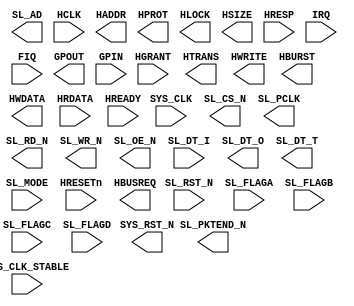
module bfm_ahb
(
       input   wire          SYS_CLK_STABLE
     , input   wire          SYS_CLK   // master clock and goes to SL_PCLK
     , output  wire          SYS_RST_N // by-pass of SL_RST_N
     , input   wire          SL_RST_N
     , output  wire          SL_CS_N   
     , output  wire          SL_PCLK   // by-pass of SYS_CLK after phase shift
     , output  wire  [ 1:0]  SL_AD
     , input   wire          SL_FLAGA // active-low empty (U2F)
     , input   wire          SL_FLAGB // active-low almost-empty
     , input   wire          SL_FLAGC // active-low full (F2U)
     , input   wire          SL_FLAGD // active-low almost-full
     , output  wire          SL_RD_N
     , output  wire          SL_WR_N 
     , output  wire          SL_OE_N // when low, let FX3 drive data through SL_DT_I
     , output  wire          SL_PKTEND_N
     , input   wire  [31:0]  SL_DT_I
     , output  wire  [31:0]  SL_DT_O
     , output  wire          SL_DT_T
     , input   wire  [ 1:0]  SL_MODE
     //-------------------------------------------------------------------------
     , input   wire          HRESETn      
     , input   wire          HCLK         
     , output  wire          HBUSREQ      
     , input   wire          HGRANT       
     , output  wire  [31:0]  HADDR        
     , output  wire  [ 3:0]  HPROT        
     , output  wire  [ 1:0]  HTRANS       
     , output  wire          HLOCK
     , output  wire          HWRITE       
     , output  wire  [ 2:0]  HSIZE        
     , output  wire  [ 2:0]  HBURST       
     , output  wire  [31:0]  HWDATA  // non-justified data
     , input   wire  [31:0]  HRDATA  // non-justified data
     , input   wire  [ 1:0]  HRESP        
     , input   wire          HREADY       
     , input   wire          IRQ // active-high interrupt
     , input   wire          FIQ // active-high fast interrupt
     , output  wire  [15:0]  GPOUT
     , input   wire  [15:0]  GPIN         
);
// synthesis attribute box_type bfm_ahb "black_box"
endmodule